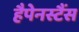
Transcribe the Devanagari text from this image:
हैपेनस्टैंस